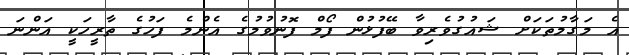
އެ މަގާމުތަކަށް ޝައުގުވެރިވާ ބޭފުޅުން ފޯމް ފޮނުވުމުގެ އެންމެ ފަހުގެ ތާރީހަކީ އަންނަ